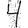
Digit: 4